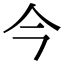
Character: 今